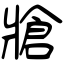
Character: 牄